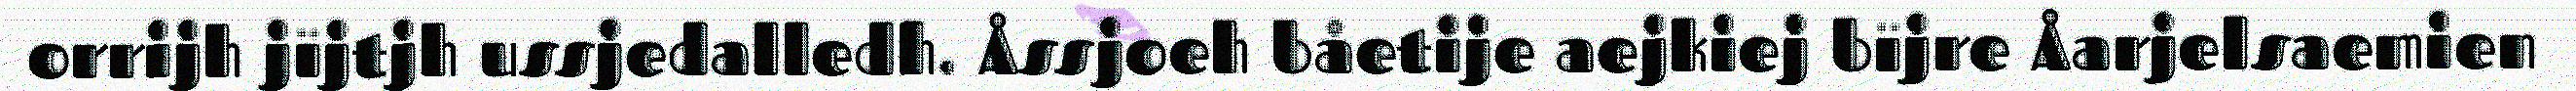
orrijh jïjtjh ussjedalledh. Åssjoeh båetije aejkiej bïjre Åarjelsaemien